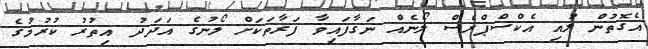
އެގޮތުން ލުއި އެކްސްޕްރެސް ލޯނެއް ނަގާފައިވާ ފަރާތަކަށް ލޯނުގެ އަދަދު އިތުރު ކުުރުމުގެ